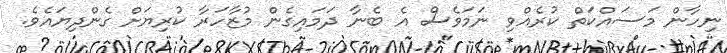
ނިހާން މަސައްކަތް ކުރެއްވި ނަމަވެސް އެ ބެނާ ދަމައިގެން މުޒާހަރާ ކުރިޔަށް ގެންދިޔައެވެ.